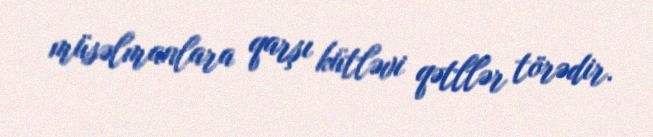
müsəlmanlara qarşı kütləvi qətllər törədir.